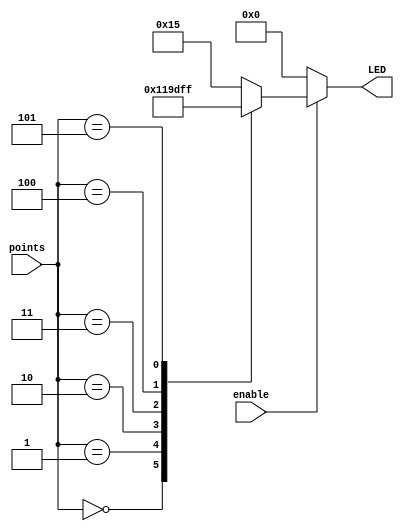
module led_decoder(
	input [2:0] points,
	input 		enable,
	output reg [4:0] LED
	);
	
	always @(points or enable)
	begin
		if (enable == 1'b1)
		begin
			case(points)
				3'b000:  LED <= 5'b0;			// 0 points
				3'b001:  LED <= 5'b1;			// 1 point
				3'b010:  LED <= 5'b11;			// 2 points
				3'b011:  LED <= 5'b111;			// 3 points
				3'b100:  LED <= 5'b1111;		// 4 points
				3'b101:  LED <= 5'b11111;		// 5 points
				default:	LED <= 5'b10101;		// ERROR (alternating
			endcase
		end else
			LED <= 5'b0;
	end
endmodule